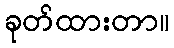
ခုတ်ထားတာ။